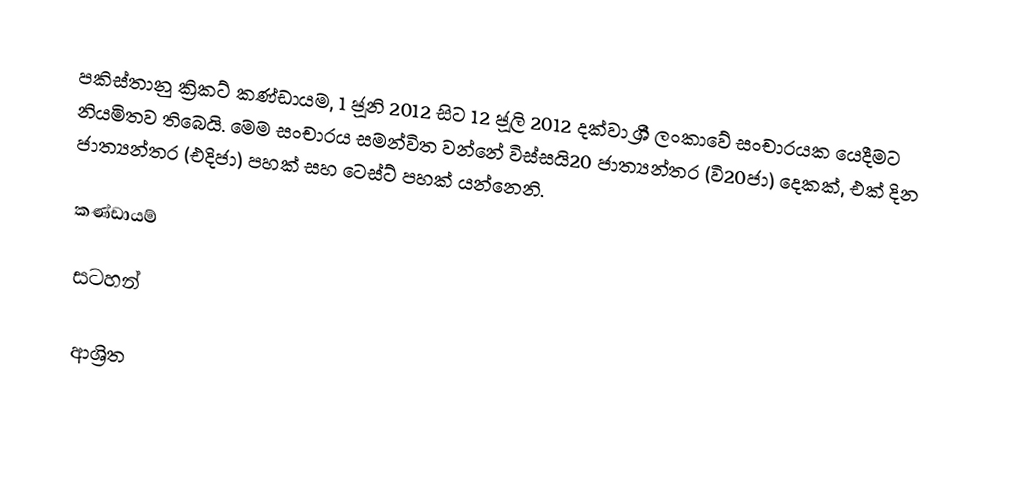
පකිස්තානු ක්‍රිකට් කණ්ඩායම,  1 ජූනි  2012 සිට  12 ජූලි 2012 දක්වා ශ්‍රී ලංකාවේ සංචාරයක යෙදීමට නියමිතව තිබෙයි. මෙම සංචාරය සමන්විත වන්නේ  විස්සයි20 ජාත්‍යන්තර (වි20ජා) දෙකක්, එක් දින ජාත්‍යන්තර (එදිජා) පහක් සහ ටෙස්ට් පහක් යන්නෙනි.

කණ්ඩායම්

සටහන්

ආශ්‍රිත